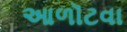
આળૉટવા